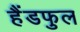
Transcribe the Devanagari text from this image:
हैंडफुल